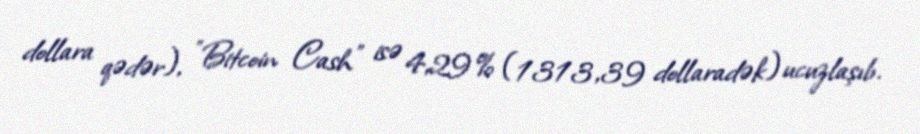
dollara qədər), "Bitcoin Cash" isə 4,29% (1313,39 dollaradək) ucuzlaşıb.